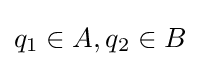
q_{1}\in A,q_{2}\in B